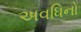
અવધિનો